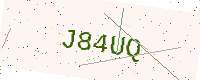
Text: J84UQ